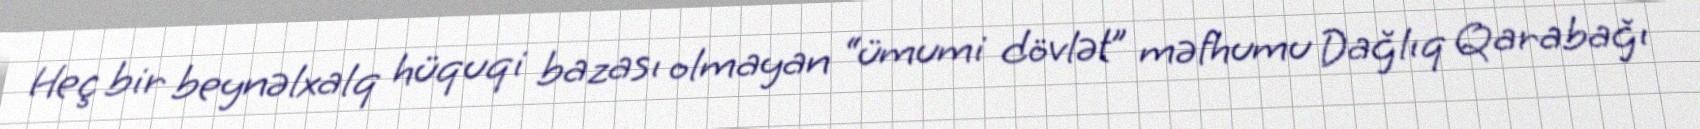
Heç bir beynəlxalq hüquqi bazası olmayan “ümumi dövlət” məfhumu Dağlıq Qarabağı